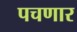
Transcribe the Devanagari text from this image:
पचणार